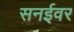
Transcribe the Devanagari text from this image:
सनईवर